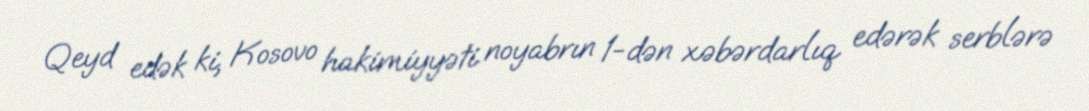
Qeyd edək ki, Kosovo hakimiyyəti noyabrın 1-dən xəbərdarlıq edərək serblərə